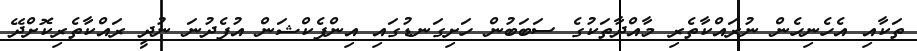
ތަކާއި އެހެނިހެން ނުރައްކާތެރި މާއްދާތަކުގެ ސަބަބުން ހަށިގަނޑުގައި އިންފެކްޝަން އުފެދުނަ ނުދީ ރައްކާތެރިކޮށްދޭ